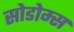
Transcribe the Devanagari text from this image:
सोडोम्स